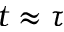
t \approx \tau